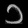
Digit: ၁